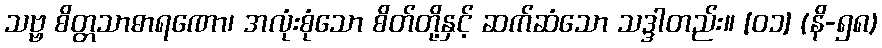
သဗ္ဗ စိတ္တသာဓာရဏော၊ အလုံးစုံသော စိတ်တို့နှင့် ဆက်ဆံသော သဒ္ဒါတည်း။ [၀၁] (နိ-၅၈)